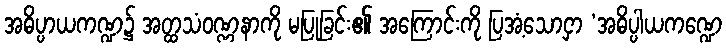
အဓိပ္ပာယကဏ္ဍ၌ အတ္ထသံဝဏ္ဏနာကို မပြုခြင်း၏ အကြောင်းကို ပြအံ့သောငှာ ‘အဓိပ္ပါယကဏ္ဍေ